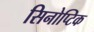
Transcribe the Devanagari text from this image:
सिनोप्टिक